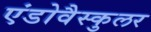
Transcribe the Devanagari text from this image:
एंडोवैस्कुलर